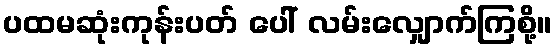
ပထမဆုံးကုန်းပတ် ပေါ် လမ်းလျှောက်ကြစို့။